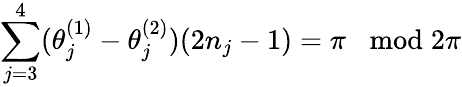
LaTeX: \sum_{j=3}^{4}(\theta_{j}^{(1)}-\theta_{j}^{(2)})(2n_{j}-1)=\pi\; \; \bmod 2\pi